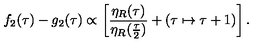
f _ { 2 } ( \tau ) - g _ { 2 } ( \tau ) \propto \left[ { \frac { \eta _ { R } ( \tau ) } { \eta _ { R } ( { \frac { \tau } { 2 } } ) } } + ( \tau \mapsto \tau + 1 ) \right] .